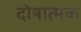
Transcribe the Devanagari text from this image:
दोषात्मक